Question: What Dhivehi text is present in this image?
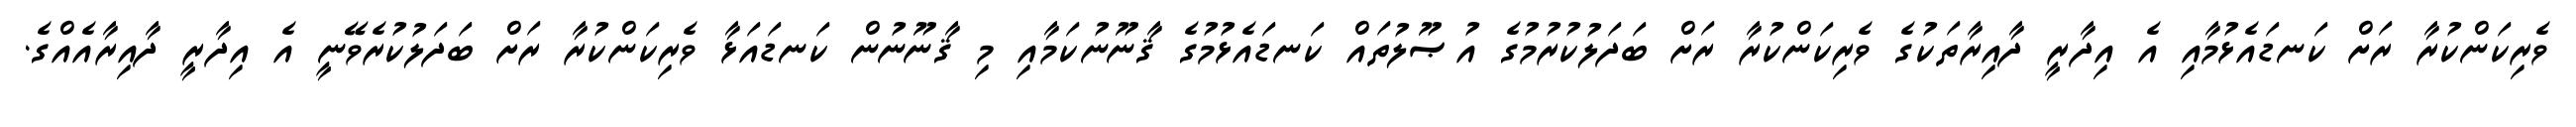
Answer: ވެރިކަންކުރާ ރަށް ކަނޑައެޅުމާއި އެ އިދާރީ ދާއިރާތަކުގެ ވެރިކަންކުރާ ރަށް ބަދަލުކުރުމުގެ އުޞޫލުތައް ކަނޑައެޅުމުގެ ޤާނޫނުކަމާއި މި ޤާނޫނުން ކަނޑައަޅާ ވެރިކަންކުރާ ރަށް ބަދަލުކުރެވޭނީ އެ އިދާރީ ދާއިރާއެއްގެ.